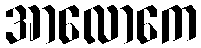
အာလောကေ